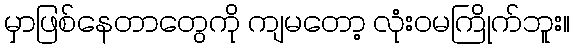
မှာဖြစ်နေတာတွေကို ကျမတော့ လုံးဝမကြိုက်ဘူး။